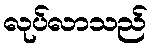
လုပ်လာသည်